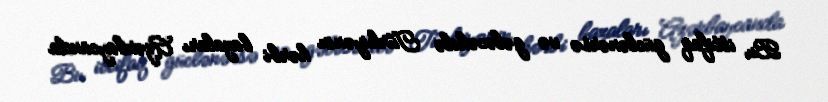
Bu ittifaq güclənərsə və gələcəkdə Türkiyənin hərbi bazaları Azərbaycanda